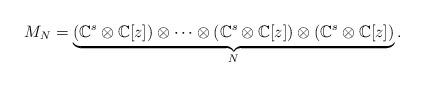
LaTeX: \begin{align*}M_{N}=\underbrace{(\mathbb{C}^s\otimes\mathbb{C}[z])\otimes\dots\otimes(\mathbb{C}^s\otimes\mathbb{C}[z])\otimes(\mathbb{C}^s\otimes\mathbb{C}[z])}_N.\end{align*}